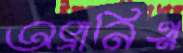
অভ্রানিত্ম